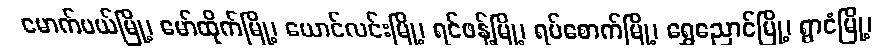
မောက်မယ်မြို့၊ မော်ထိုက်မြို့၊ ယောင်လင်းမြို့၊ ရင်ဖန့်မြို့၊ ရပ်စောက်မြို့၊ ရွှေညောင်မြို့၊ ရွာငံမြို့၊